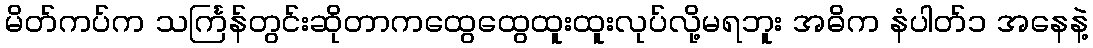
မိတ်ကပ်က သင်္ကြန်တွင်းဆိုတာကထွေထွေထူးထူးလုပ်လို့မရဘူး အဓိက နံပါတ်၁ အနေနဲ့